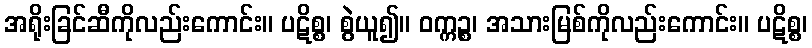
အရိုးခြင်ဆီကိုလည်းကောင်း။ ပဋိစ္စ၊ စွဲယူ၍။ ဝက္ကဉ္စ၊ အသားမြစ်ကိုလည်းကောင်း။ ပဋိစ္စ၊